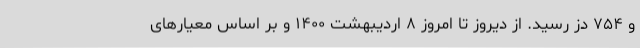
و ۷۵۴ دُز رسید. از دیروز تا امروز ۸ اردیبهشت ۱۴۰۰ و بر اساس معیارهای